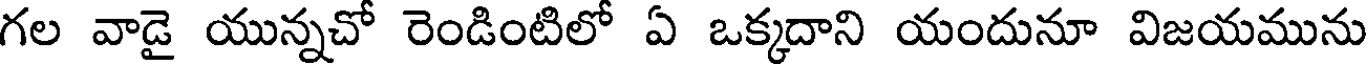
గల వాడై యున్నచో రెండింటిలో ఏ ఒక్కదాని యందునూ విజయమును